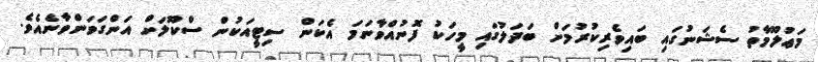
މަޢުލޫމާތު ސެޝަނުގައި ބައިވެރިކުރުމަށް ބަދަލުގައި މީހަކު ފޮނުއްވާނަމަ އެކަން ސިޓީއަކުން ސްކޫލަށް އަންގަވަންވާނެއެވެ.